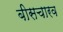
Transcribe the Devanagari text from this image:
बीसचारव